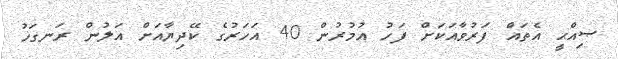
ޞިއްޙީ އެތައް ފަރުވާއަކަށް ފަހު އުމުރުން 40 އަހަރުގެ ކޭދިޔާއަށް އަލުން ރަނގަޚު